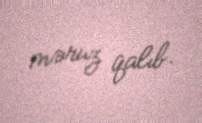
məruz qalıb.